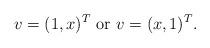
LaTeX: \begin{align*}v=(1,x)^T\mbox{ or }v=(x,1)^T.\end{align*}